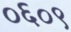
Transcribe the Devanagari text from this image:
०६०९